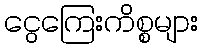
ငွေကြေးကိစ္စများ